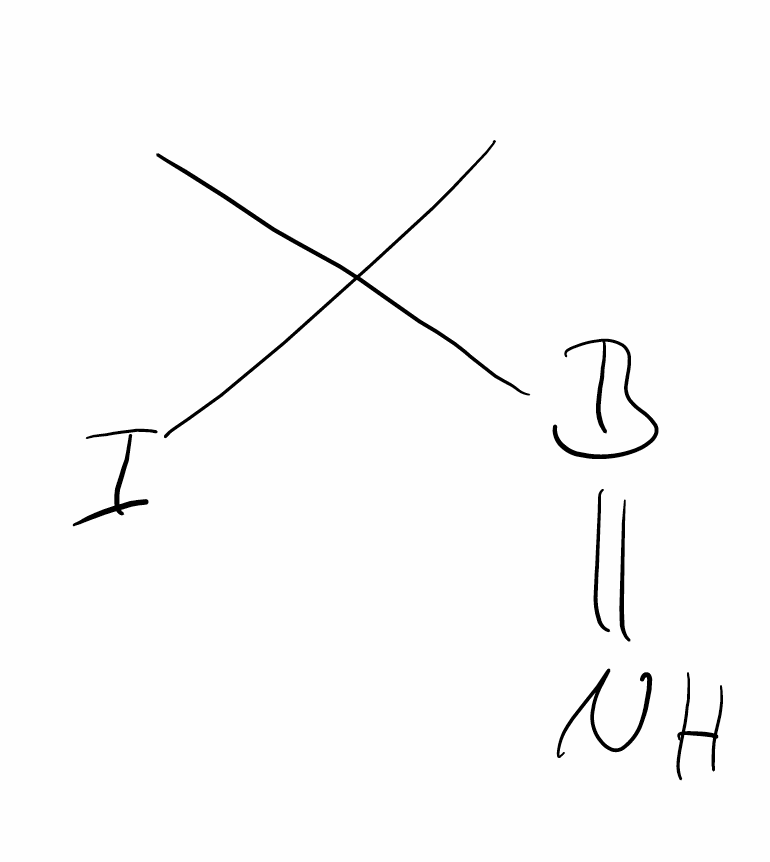
Simplified molecular-input line-entry system (SMILES) notation of the given molecule:
B(=N)C(C)(C)I